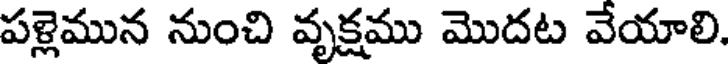
పళ్లెమున నుంచి వృక్షము మొదట వేయాలి.